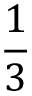
\frac 1 3